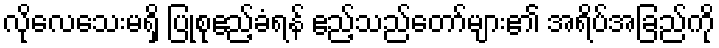
လိုလေသေးမရှိ ပြုစုဧည့်ခံရန် ဧည့်သည်တော်များ၏ အရိပ်အခြည်ကို